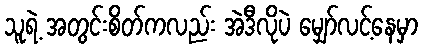
သူရဲ့ အတွင်းစိတ်ကလည်း အဲဒီလိုပဲ မျှော်လင့်နေမှာ